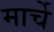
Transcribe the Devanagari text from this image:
मार्चे